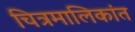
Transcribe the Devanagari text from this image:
चित्रमालिकांत